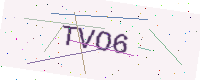
Text: TVO6